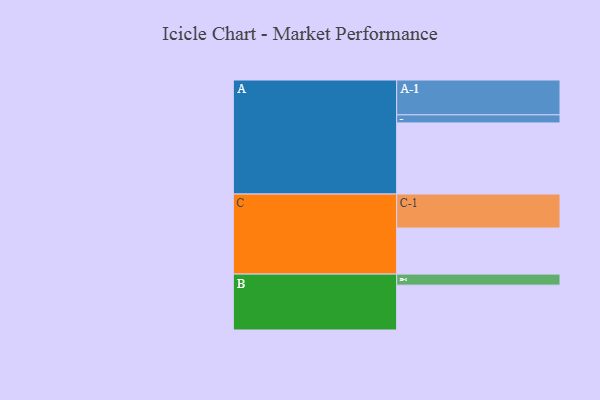
{"axis": {"x": "Segment", "y": "Value"}, "legend": ["", "A", "B", "C"], "data": [{"x": "A", "y": 588, "type": ""}, {"x": "B", "y": 371, "type": ""}, {"x": "C", "y": 381, "type": ""}, {"x": "A-1", "y": 288, "type": "A"}, {"x": "A-2", "y": 67, "type": "A"}, {"x": "B-1", "y": 91, "type": "B"}, {"x": "C-1", "y": 281, "type": "C"}]}